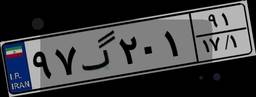
۹۷گ۲۰۱۹۱